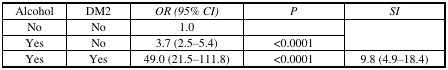
<table><thead><tr><td><b>Alcohol</b></td><td><b>DM2</b></td><td><b><i>OR (95% CI)</i></b></td><td><b><i>P</i></b></td><td><b><i>SI</i></b></td></tr></thead><tbody><tr><td>No</td><td>No</td><td>1.0</td><td></td><td rowspan="2"></td></tr><tr><td>Yes</td><td>No</td><td>3.7 (2.5–5.4)</td><td>&lt;0.0001</td></tr><tr><td>Yes</td><td>Yes</td><td>49.0 (21.5–111.8)</td><td>&lt;0.0001</td><td>9.8 (4.9–18.4)</td></tr></tbody></table>